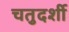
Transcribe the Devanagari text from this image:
चतुदर्शी